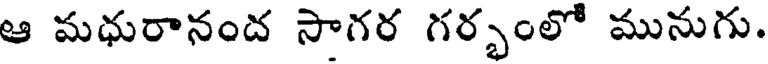
ఆ మధురానంద సాగర గర్భంలో మునుగు.